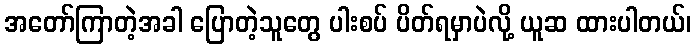
အတော်ကြာတဲ့အခါ ပြောတဲ့သူတွေ ပါးစပ် ပိတ်ရမှာပဲလို့ ယူဆ ထားပါတယ်၊